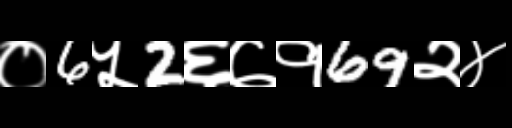
Text: ०6५2६७१69२४